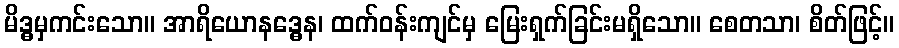
မိဒ္ဓမှကင်းသော။ အာရိယောနဒ္ဓေန၊ ထက်ဝန်းကျင်မှ မြေးရှက်ခြင်းမရှိသော။ စေတသာ၊ စိတ်ဖြင့်။